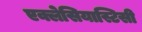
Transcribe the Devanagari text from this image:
एक्लेसियास्टिसी